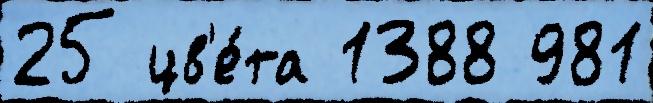
25 цв'е́та 1388 981